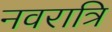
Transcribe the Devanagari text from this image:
नवरात्रि